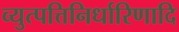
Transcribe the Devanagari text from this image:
व्युत्पत्तिनिर्धारिणादि